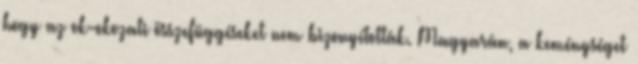
hogy az ok-okozati összefüggéseket nem bizonyították. Magyarán, a keménységet